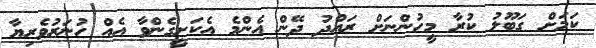
ކަމަށް ގަބޫލު ކުރާ މީހުންނަށް ރައްދު ދޭން އެންމެ އެކަށީގެންވާ އެއް ހުނަރުވެރިޔާ